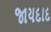
જાયદાદ